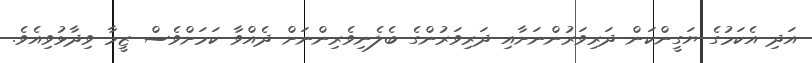
އަދި އެކަމުގެ ޔަގީންކަން ދަރިވަރުންނަށާއި ދަރިވަރުންގެ ބެލެނިވެރިންނަށް ދެއްވާ ކަމަށްވެސް ޒީމާ ވިދާޅުވިއެވެ.